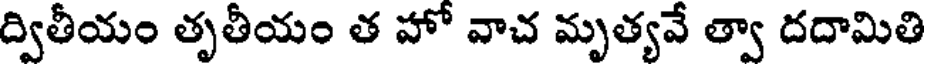
ద్వితీయం తృతీయం త హో వాచ మృత్యవే త్వా దదామితి